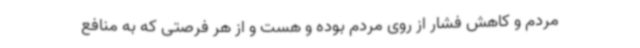
مردم و کاهش فشار از روی مردم بوده و هست و از هر فرصتی که به منافع